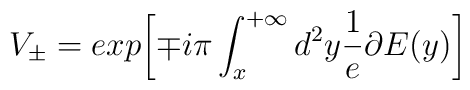
V_\pm=exp{\left [\mp i\pi\int_x^{+\infty} d^2y\frac{1}{e}\partial E(y)\right ]}